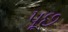
પૂછ